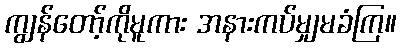
ကျွန်တော့်ကိုမူကား အနားကပ်မျှမခံကြ။